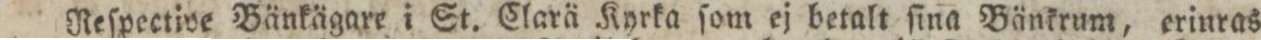
Reſpective Bänkägare i St. Clarä Kyrka ſom ej betalt ſina Bänkrum, erinras